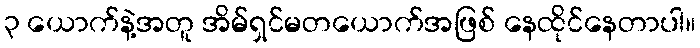
၃ ယောက်နဲ့အတူ အိမ်ရှင်မတယောက်အဖြစ် နေထိုင်နေတာပါ။